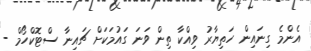
އެންމެ ގިނައިން ހަތިޔާރު ވިއްކާ ތިން ވަނަ ގައުމަކަށް ޗައިނާ ސްޓޮކްހޯމް -